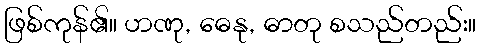
ဖြစ်ကုန်၏။ ဟဏု, ဓေနု, ဓာတု စသည်တည်း။